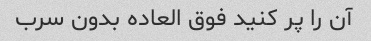
آن را پر کنید فوق العاده بدون سرب